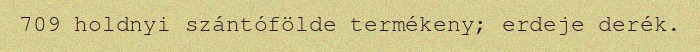
709 holdnyi szántófölde termékeny; erdeje derék.